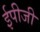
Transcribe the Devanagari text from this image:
ईपीजी